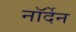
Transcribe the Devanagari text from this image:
नॉर्देन